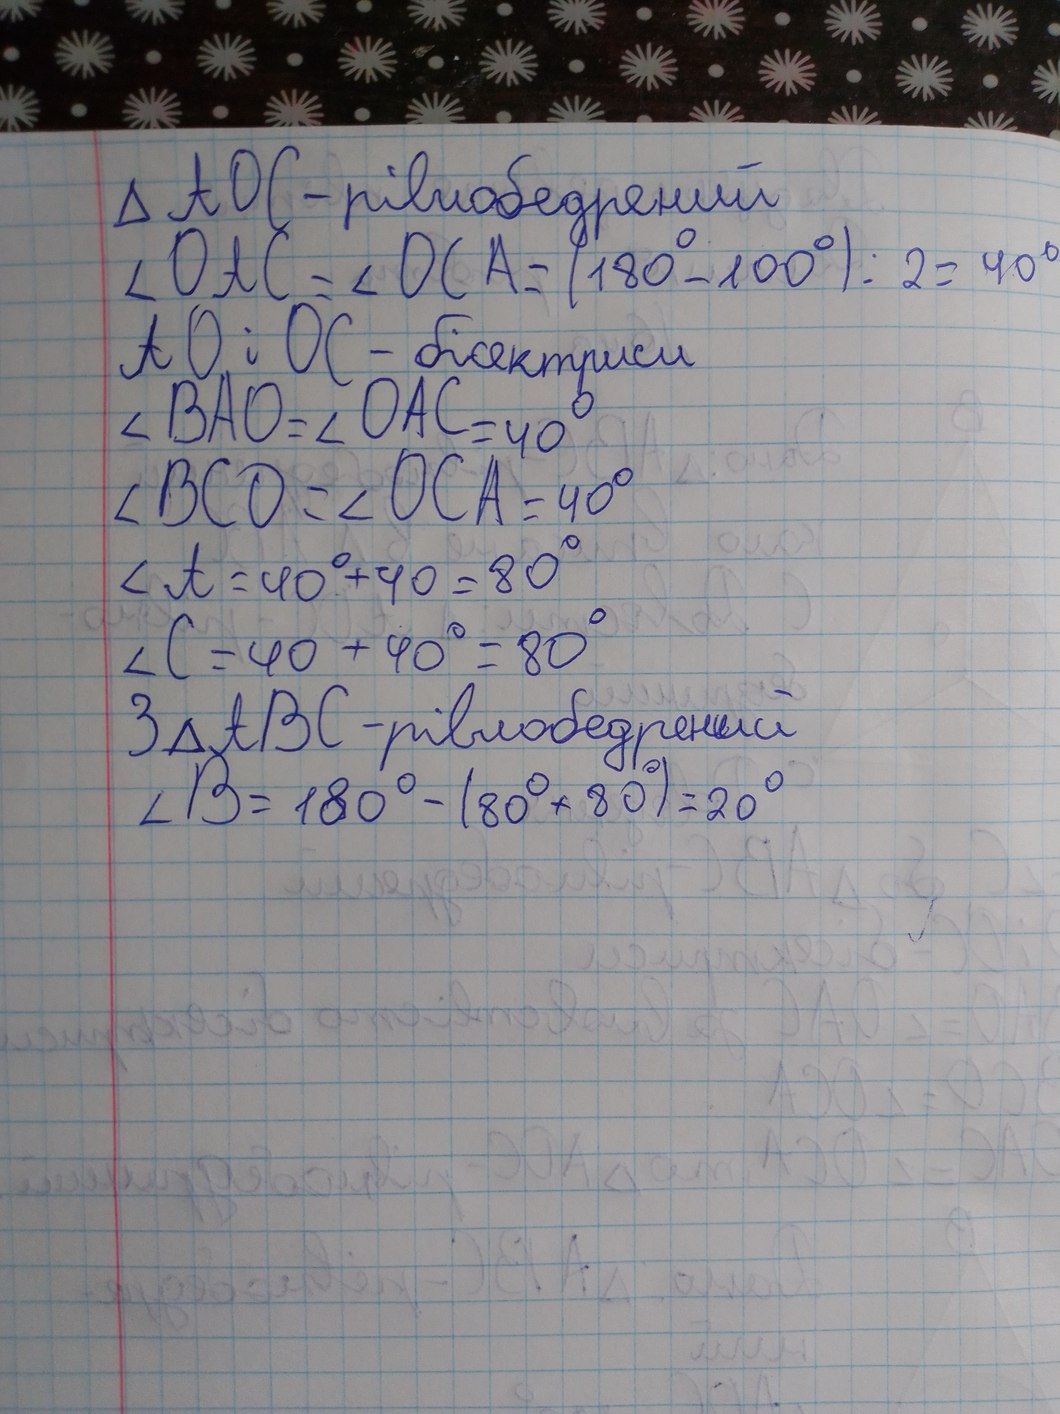
Δ AOC - рівнобедрений
∠OAC = ∠OCA = (180° - 100°) / 2 = 40°
AO i OC - бісектриси
∠BAO = ∠OAC = 40°
∠BCO = ∠OCA = 40°
∠A = 40° + 40 = 80°
∠C = 40 + 40° = 80°
3 ΔABC - рівнобедрений
∠B = 180° - (80° + 80°) = 20°